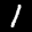
Label: 1